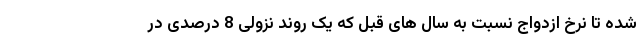
شده تا نرخ ازدواج نسبت به سال های قبل که یک روند نزولی 8 درصدی در